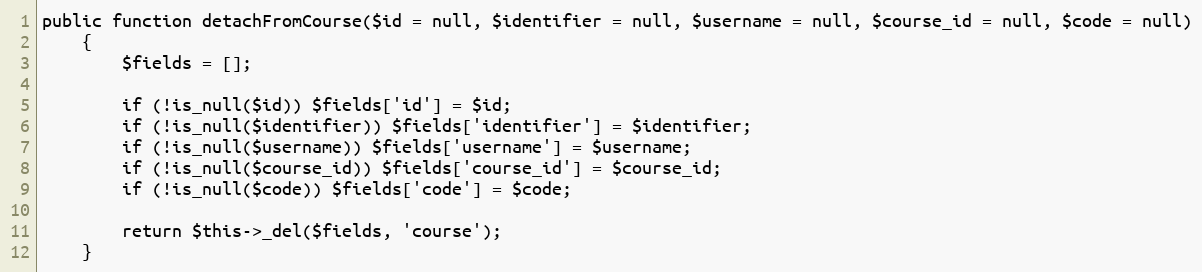
Language: PHP
public function detachFromCourse($id = null, $identifier = null, $username = null, $course_id = null, $code = null)
    {
        $fields = [];

        if (!is_null($id)) $fields['id'] = $id;
        if (!is_null($identifier)) $fields['identifier'] = $identifier;
        if (!is_null($username)) $fields['username'] = $username;
        if (!is_null($course_id)) $fields['course_id'] = $course_id;
        if (!is_null($code)) $fields['code'] = $code;

        return $this->_del($fields, 'course');
    }